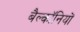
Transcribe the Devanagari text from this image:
बैल्कॉनियों